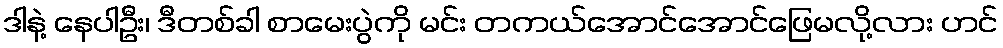
ဒါနဲ့ နေပါဦး၊ ဒီတစ်ခါ စာမေးပွဲကို မင်း တကယ်အောင်အောင်ဖြေမလို့လား ဟင်